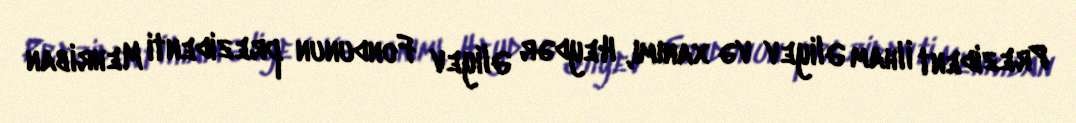
Prezident İlham Əliyev və xanımı, Heydər Əliyev Fondunun prezidenti Mehriban